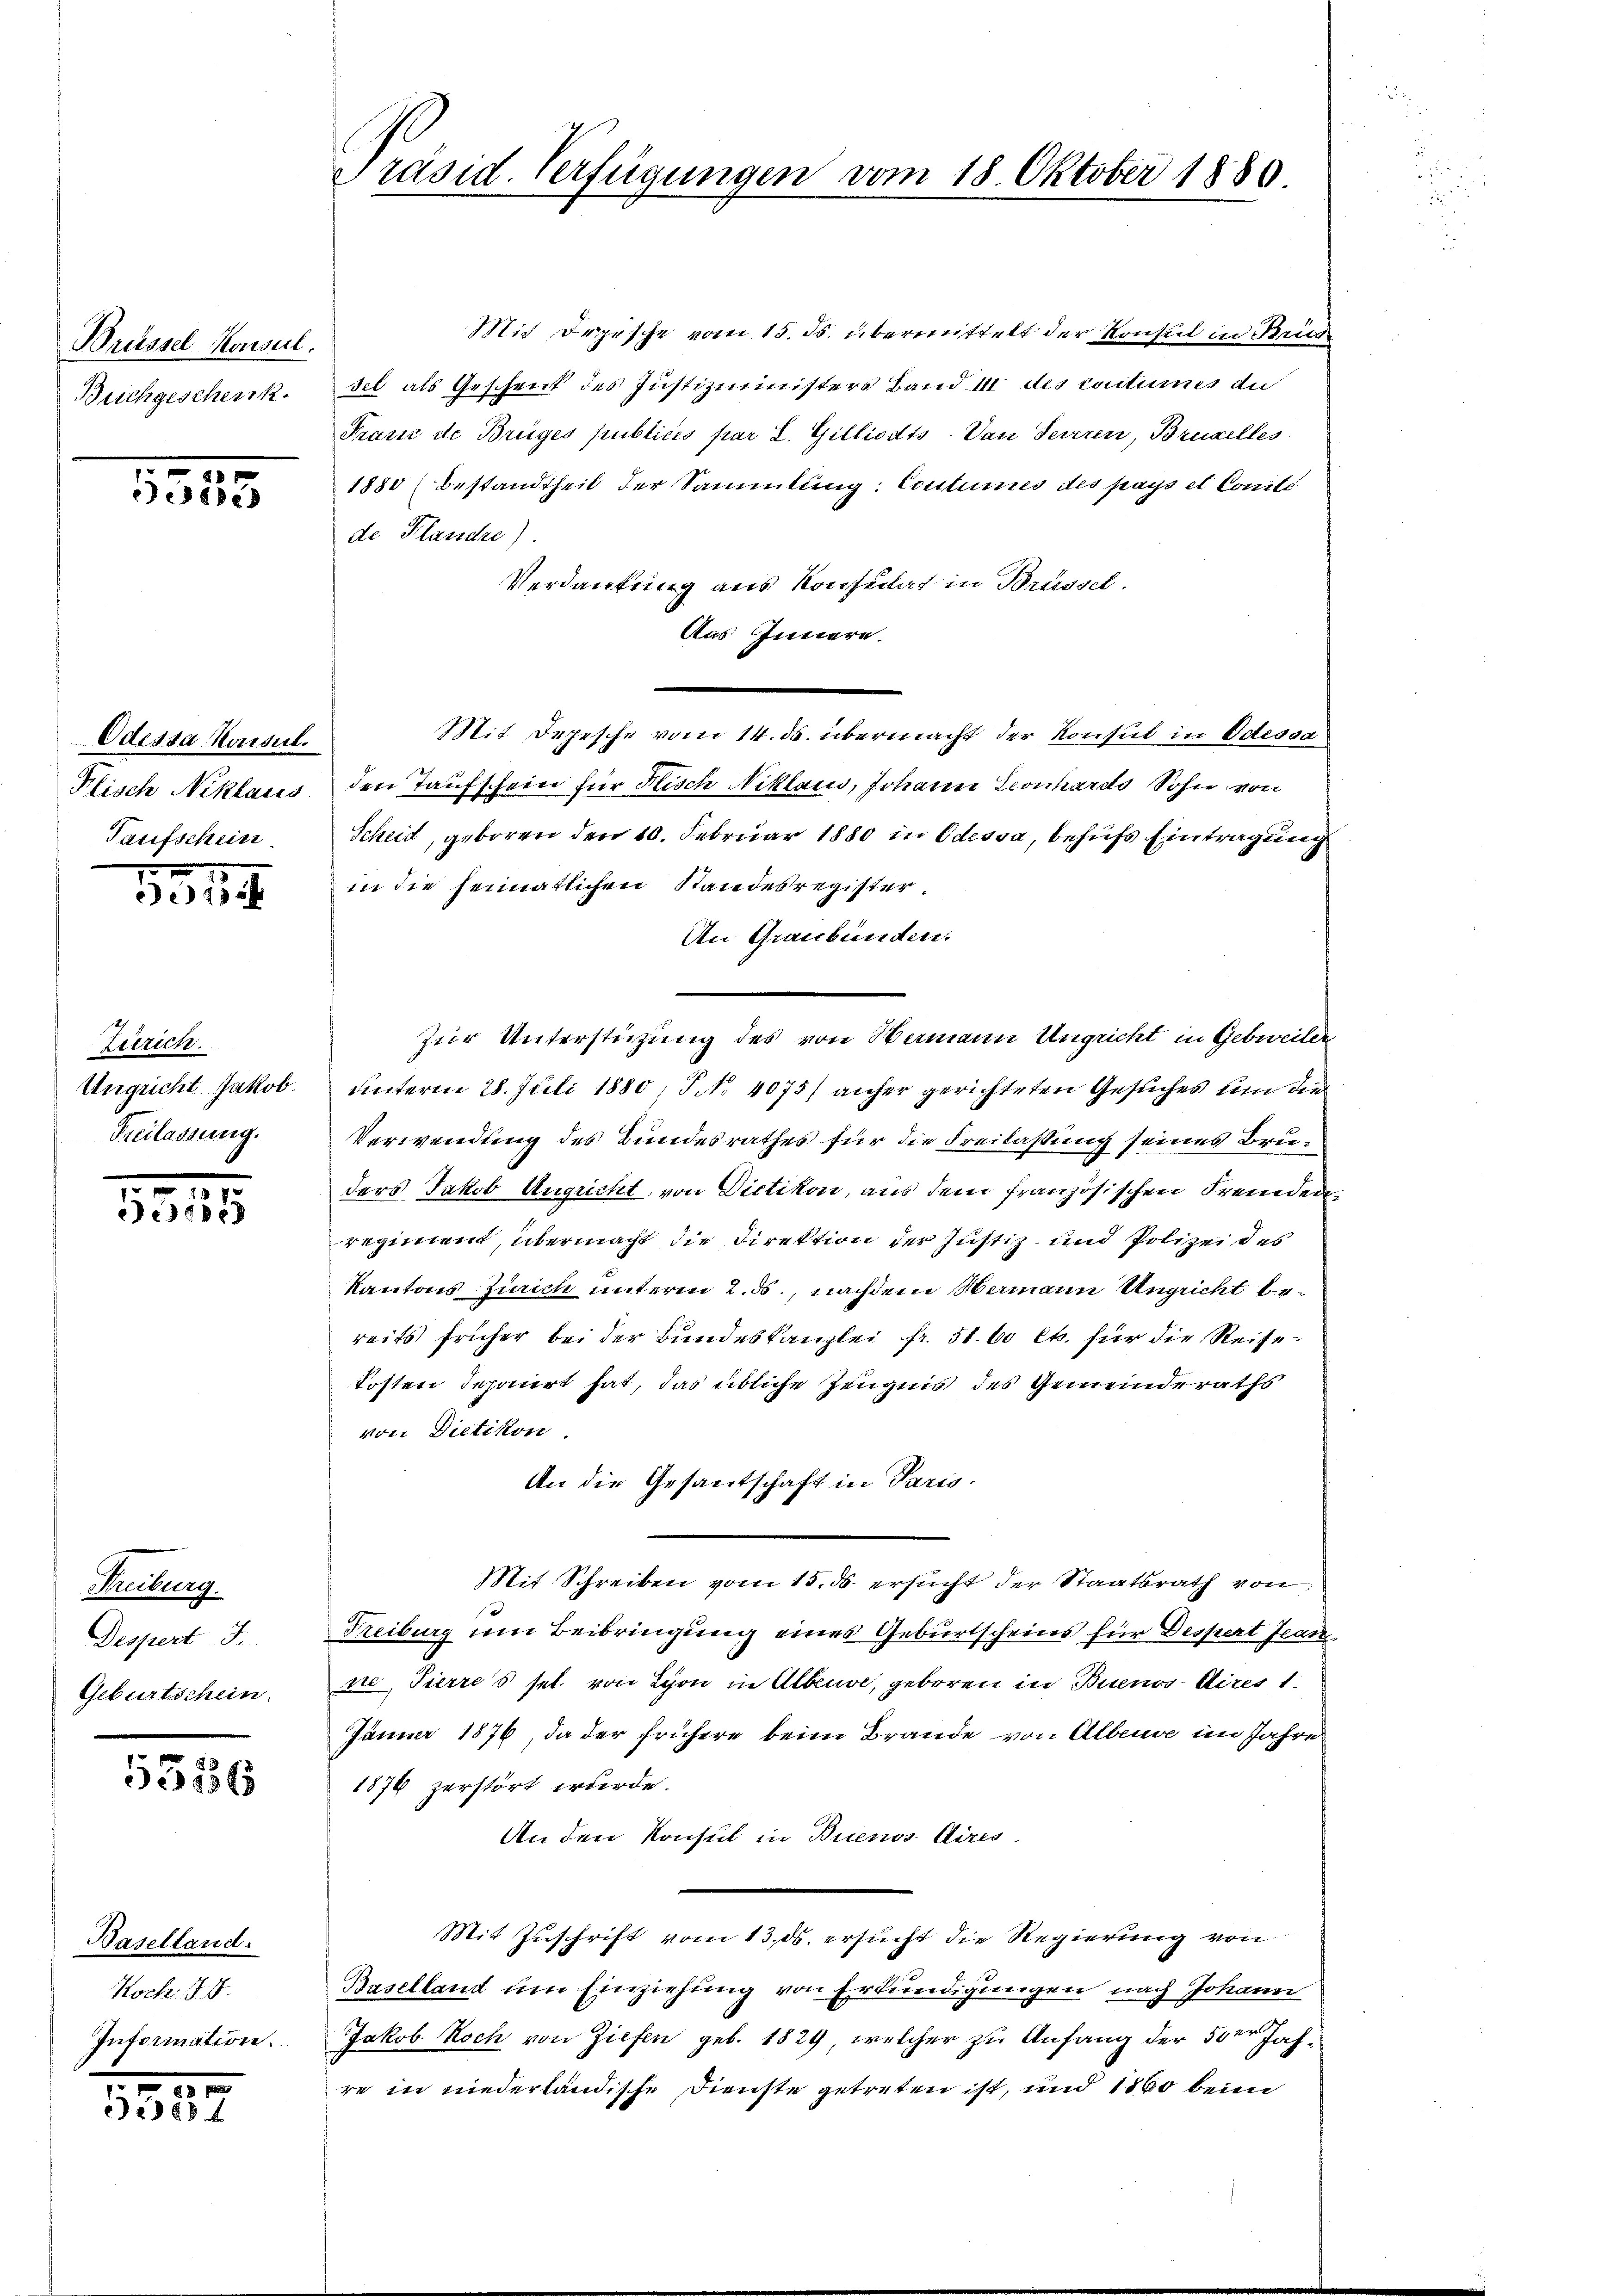
Brüssel Konsul.
Buchgeschenk

2.
ese

Odessa Haisul.
Plisch Niklaus
Taufschein

1315.

Zürich.
Ungricht Jakob.
Freilassung.

.
558385

Treiburg.
Despert J.
Geburtschein

5556

Baselland.
Koch. 1. 4
Information.

.
1537

Präsid. Verfügungen vom 18. Oktober 1880

Mir Depesche vom 15. ds. übermittelt der Konsul in Rec
sel als Geschenk des Justizministers Band 11 des coutumes die
Prasse de Brüges publicis par L. Gilliodts. Von Seirren, Brudelles
1880 (Bestandtheil der Sammlung: Coutumes des pays et Coniti
de Klandre).
Verdankung aus Konsulat in Brüssel.
Aas Innern.
den Taufschein für Hisch Niklaus, Johann Leonhards Sohn von
Scheid, geboren den 10. Februar 1880 in Odessa, behufs Eintragung
in die heimatlichen Standesregister.
An Graubünden.
Zur Unterstützung des von Nermann Ungricht in Gebreiter
unterm 28. Juli 1880, No. 4075/ anher gerichteten Gesuches um die
Verwendung des Bundesrathes für die Freilassung seines Bruders Jakob Ungricht, von Dietikon, aus dem französischen Fremden
regiment, übermacht die Direktion der Justiz und Polizei des
Kantons Zürich unterm 2. ds, nachdem Wermann Ungricht bereits früher bei der Bundeskanzlei fr. 51. 60 Ct. für die Reisekosten deponirt hat, das übliche Zeugnis des Gemeinderaths
von Dietikon.
An die Gesantschaft in Paris.
Mit Schreiben vom 15. ds. ersucht der Staatsrath von
Freiburg um Beibringung eines Geburtscheins für Despert Jean
ne, Tierres sel. von Lyon in Albeuve, geboren in Buenos Aires 1.
Jänner 1876, da der frühere beim Brande von Alberge im Jahre
1876 zerstört wurde.
An den Konsul in Buenos Aires.
Mit Zuschrift vom 13. ds. ersucht die Regierung von
Baselland um Einziehung von Erkundigungen nach Johann
Jakob. Noch von Ziefen geb. 1829, welcher zu Anfang der 50er Jahre in niederländische Dienste getreten ist, und 1860 beim

Mit Depesche vom 14. ds. übermacht der Konsul in Odessa